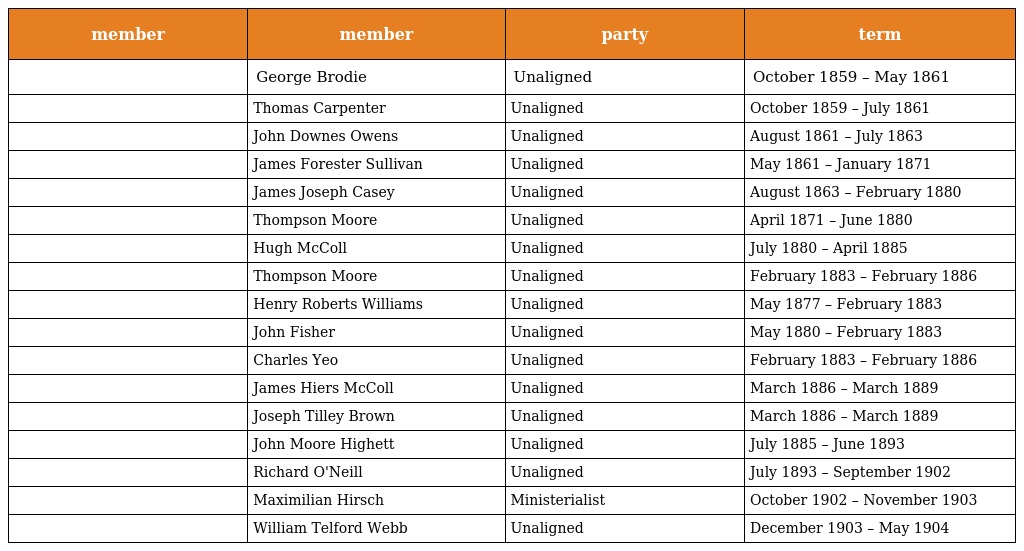
| member | member | party | term |
 | --- | --- | --- | --- |
 |  | George Brodie | Unaligned | October 1859 – May 1861 |
 |  | Thomas Carpenter | Unaligned | October 1859 – July 1861 |
 |  | John Downes Owens | Unaligned | August 1861 – July 1863 |
 |  | James Forester Sullivan | Unaligned | May 1861 – January 1871 |
 |  | James Joseph Casey | Unaligned | August 1863 – February 1880 |
 |  | Thompson Moore | Unaligned | April 1871 – June 1880 |
 |  | Hugh McColl | Unaligned | July 1880 – April 1885 |
 |  | Thompson Moore | Unaligned | February 1883 – February 1886 |
 |  | Henry Roberts Williams | Unaligned | May 1877 – February 1883 |
 |  | John Fisher | Unaligned | May 1880 – February 1883 |
 |  | Charles Yeo | Unaligned | February 1883 – February 1886 |
 |  | James Hiers McColl | Unaligned | March 1886 – March 1889 |
 |  | Joseph Tilley Brown | Unaligned | March 1886 – March 1889 |
 |  | John Moore Highett | Unaligned | July 1885 – June 1893 |
 |  | Richard O'Neill | Unaligned | July 1893 – September 1902 |
 |  | Maximilian Hirsch | Ministerialist | October 1902 – November 1903 |
 |  | William Telford Webb | Unaligned | December 1903 – May 1904 |